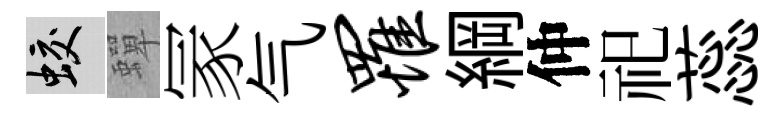
蛟蟬冡气罹綱仲祀蕊